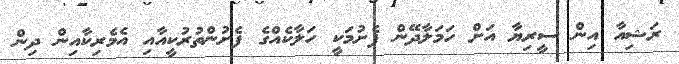
ރަޝިއާ އިން ސީރިޔާ އަށް ހަމަލާދޭން ފެށުމަކީ ހަލާކެއްގެ ފެށުންތުރުކީއާއި އެމެރިކާއިން ދިން